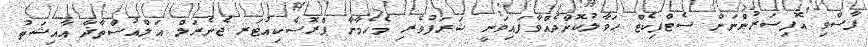
ފާސްވި އޮފިސަރުންނަށް ސެޓްފިކެޓް ހަވާލުކޮށްދެއްވާފައިވަނީ ޝަރަފުވެރި މެހެމާނާ ޕްރޮސެކިއުޓަރ ޖެނެރަލް އަލްއުސްތާޛާ އާއިޝަތު